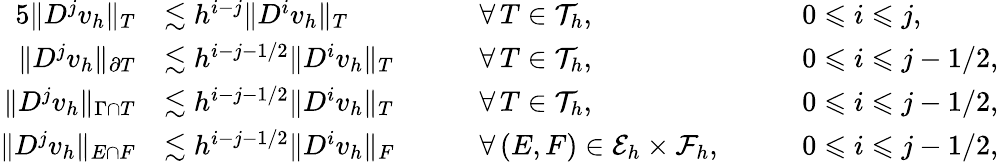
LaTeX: \begin{array}{rlrlrl}{{5}\| D^{j}v_{h}\| _{T}}&{\lesssim h^{i-j}\| D^{i}v_{h}\| _{T}}&&{\quad\forall\, T\in\mathcal{T}_{h},}&&{\quad 0\leqslant i\leqslant j,}\\ {\| D^{j}v_{h}\| _{\partial T}}&{\lesssim h^{i-j-1/2}\| D^{i}v_{h}\| _{T}}&&{\quad\forall\, T\in\mathcal{T}_{h},}&&{\quad 0\leqslant i\leqslant j-1/2,}\\ {\| D^{j}v_{h}\| _{\Gamma\cap T}}&{\lesssim h^{i-j-1/2}\| D^{i}v_{h}\| _{T}}&&{\quad\forall\, T\in\mathcal{T}_{h},}&&{\quad 0\leqslant i\leqslant j-1/2,}\\ {\| D^{j}v_{h}\| _{E\cap F}}&{\lesssim h^{i-j-1/2}\| D^{i}v_{h}\| _{F}}&&{\quad\forall\, (E,F)\in\mathcal{E}_{h}\times\mathcal{F}_{h},}&&{\quad 0\leqslant i\leqslant j-1/2,}\end{array}